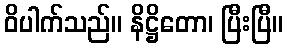
ဝိပါက်သည်။ နိဋ္ဌိတော၊ ပြီးပြီ။